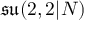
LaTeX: { \mathfrak { s u } } ( 2 , 2 | N )